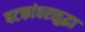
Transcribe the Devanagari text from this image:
षटकांवरसुद्धा